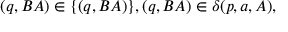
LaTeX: ( q , B A ) \in \{ ( q , B A ) \} , ( q , B A ) \in \delta ( p , a , A ) ,